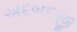
અદબદજી